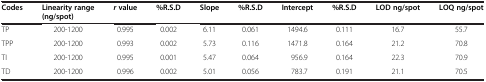
<table><thead><tr><td><b>Codes</b></td><td><b>Linearity range (ng/spot)</b></td><td><b><i>r</i>value</b></td><td><b>%R.S.D</b></td><td><b>Slope</b></td><td><b>%R.S.D</b></td><td><b>Intercept</b></td><td><b>%R.S.D</b></td><td><b>LOD ng/spot</b></td><td><b>LOQ ng/spot</b></td></tr></thead><tbody><tr><td>TP</td><td>200-1200</td><td>0.995</td><td>0.002</td><td>6.11</td><td>0.061</td><td>1494.6</td><td>0.111</td><td>16.7</td><td>55.7</td></tr><tr><td>TPP</td><td>200-1200</td><td>0.993</td><td>0.002</td><td>5.73</td><td>0.116</td><td>1471.8</td><td>0.164</td><td>21.2</td><td>70.8</td></tr><tr><td>TI</td><td>200-1200</td><td>0.995</td><td>0.001</td><td>5.47</td><td>0.064</td><td>956.9</td><td>0.164</td><td>22.3</td><td>70.9</td></tr><tr><td>TD</td><td>200-1200</td><td>0.996</td><td>0.002</td><td>5.01</td><td>0.056</td><td>783.7</td><td>0.191</td><td>21.1</td><td>70.5</td></tr></tbody></table>